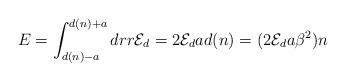
LaTeX: \begin{align*}E=\int_{d(n)-a}^{d(n)+a}dr r {\cal E}_d=2{\cal E}_d a d(n) =(2{\cal E}_d a\beta^2)n\end{align*}